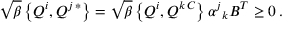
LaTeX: \sqrt { \beta } \left\{ Q ^ { i } , Q ^ { j \, * } \right\} = \sqrt { \beta } \left\{ Q ^ { i } , Q ^ { k \, C } \right\} \alpha ^ { j } { } _ { k } B ^ { T } \geq 0 \, .